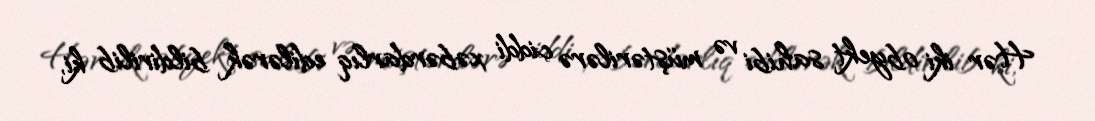
Hər iki obyekt sahibi və müştərilərə ciddi xəbərdarlıq edilərək bildirilib ki,